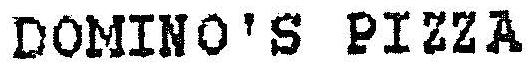
DOMINO'S PIZZA